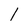
Character: l